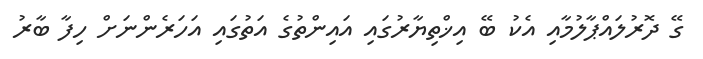
ގޭ ދޮރުލައްޕާލުމާއި އެކު ބޭ އިޚްތިޔާރުގައި އައިންތުގެ އަތުގައި އަހަރެންނަށް ހިފާ ބާރު